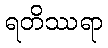
ရတိဿရာ